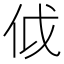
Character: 𠇘